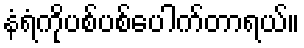
နံရံကိုပစ်ပစ်ပေါက်တာရယ်။